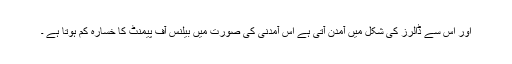
اور اس سے ڈالرز کی شکل میں آمدن آتی ہے اس آمدنی کی صورت میں بیلنس آف پیمنٹ کا خسارہ کم ہوتا ہے ۔